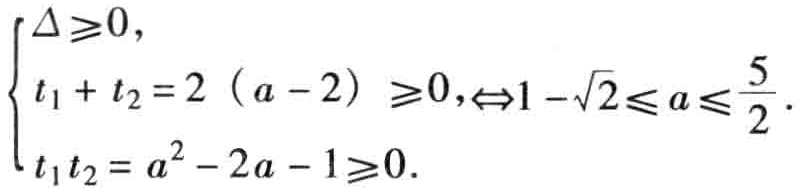
\(\begin{cases}

\Delta\geq0,\\

t_1 + t_2 = 2(a - 2)\geq0,\\

t_1t_2 = a^2 - 2a - 1\geq0.

\end{cases}\Leftrightarrow1 - \sqrt{2}\leq a\leq\frac{5}{2}\)